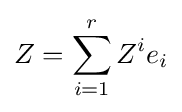
Z=\sum \limits _{i=1}^{r}Z^{i}e_{i}